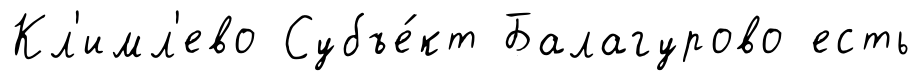
Кл'имл'ево Субъе́кт Балагурово есть